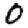
Digit: 0